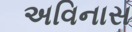
અવિનાસ